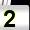
Digit: 2